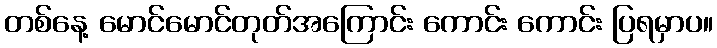
တစ်နေ့ မောင်မောင်တုတ်အကြောင်း ကောင်း ကောင်း ပြရမှာပ။